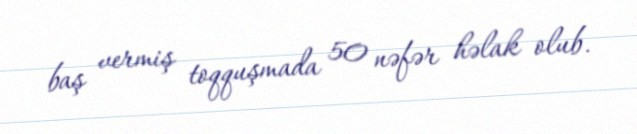
baş vermiş toqquşmada 50 nəfər həlak olub.